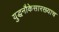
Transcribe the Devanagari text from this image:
युद्धनौकेसारख्याच